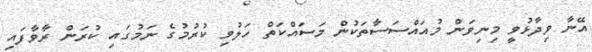
އޭނާ ވިދާޅުވީ މިނިވަން މުއައްސަސާތަކުން މަސައްކަތް ހަލުވި ކުރުމުގެ ނަމުގައި ކުރަން ރާވާފައި